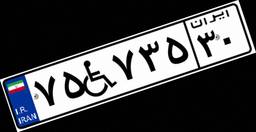
۷۵W۷۳۵۳۰